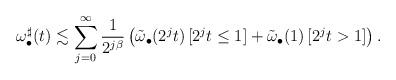
LaTeX: \begin{align*}\omega^{\sharp}_{\bullet}(t) \lesssim \sum_{j=0}^{\infty} \frac{1}{2^{j \beta}} \left(\tilde \omega_{\bullet}(2^j t)\, [ 2^j t \le 1] + \tilde\omega_{\bullet}(1)\, [2^j t >1] \right).\end{align*}